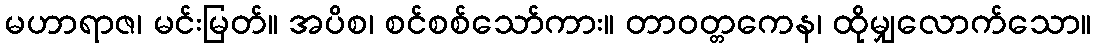
မဟာရာဇ၊ မင်းမြတ်။ အပိစ၊ စင်စစ်သော်ကား။ တာဝတ္တကေန၊ ထိုမျှလောက်သော။